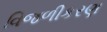
વિજળીકરણ